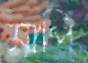
মাপি